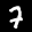
Label: 7